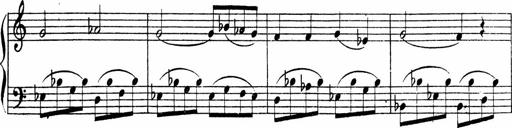
Title: Piano Sonata
Composer: Karl HÃ¤ssler
Key: C major